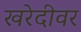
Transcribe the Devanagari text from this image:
खरेदीवर